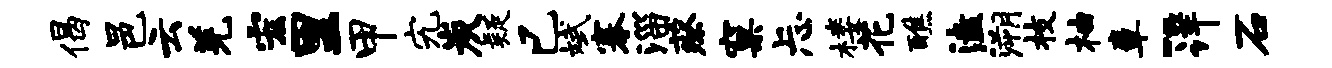
偈邑云羌宏里甲究炭疑已斌搴淄蔡窠忐楼花醮溘溯枝柚章-详石